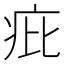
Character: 疪